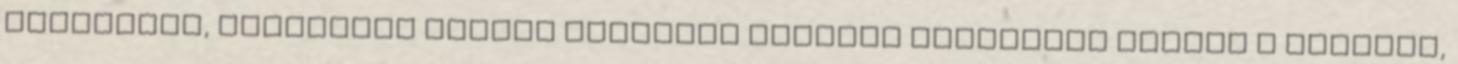
kiterjedő, mélyebbre hatoló masszázs különös hangsúlyt fektet a terhelt,